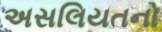
અસલિયતનો